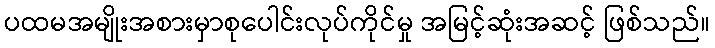
ပထမအမျိုးအစားမှာစုပေါင်းလုပ်ကိုင်မှု အမြင့်ဆုံးအဆင့် ဖြစ်သည်။